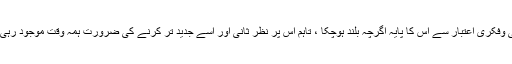
جامعیت اور ادبی وفکری اعتبار سے اس کا پایہ اگرچہ بلند ہوچکا ، تاہم اس پر نظر ثانی اور اسے جدید تر کرنے کی ضرورت ہمہ وقت موجود رہی اور آج بھی ہے۔